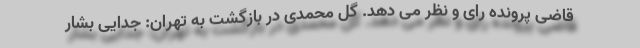
قاضی پرونده رای و نظر می دهد. گل محمدی در بازگشت به تهران: جدایی بشار